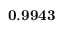
\mathbf { 0 . 9 9 4 3 }